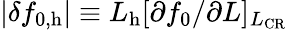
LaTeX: \vert\delta f_{0,\mathrm{h}}\vert\equiv L_{\mathrm{h}}[\partial f_{0}/\partial L]_{L_{\mathrm{CR}}}